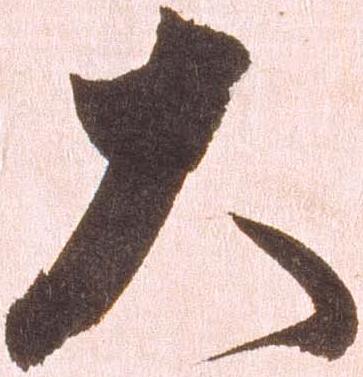
大